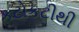
કટોકટીથી